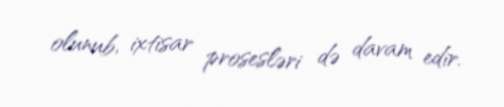
olunub, ixtisar prosesləri də davam edir.